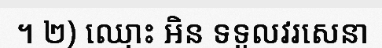
។ ២) ឈ្មោះ អិន ទទួលវរសេនា